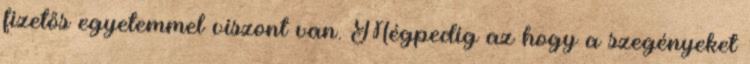
fizetős egyetemmel viszont van. Mégpedig az hogy a szegényeket